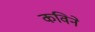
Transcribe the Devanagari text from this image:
कविने